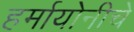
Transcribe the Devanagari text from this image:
हर्मायोनीचे